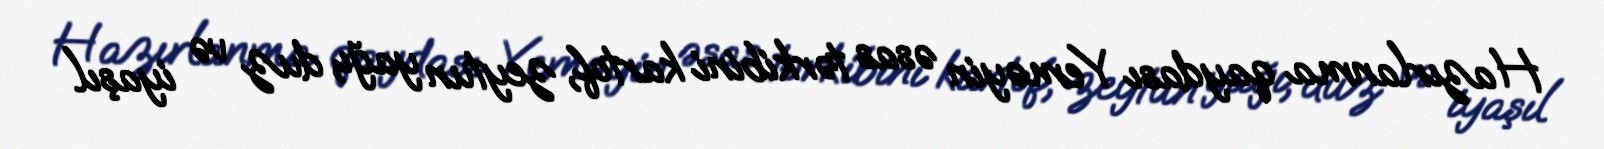
Hazırlanma qaydası Yeməyin əsas tərkibini kartof, zeytun yağı, duz və iyaşıl